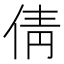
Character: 倩